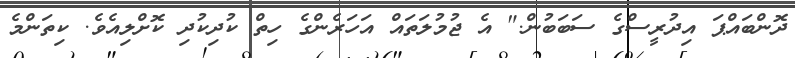
ދޮންބައްޕަ އިދުރީސްގެ ސަބަބުން." އެ ޖުމުލަތައް އަހަރެންގެ ހިތް ކުދިކުދި ކޮށްލިއެވެ. ކިތަންމެ